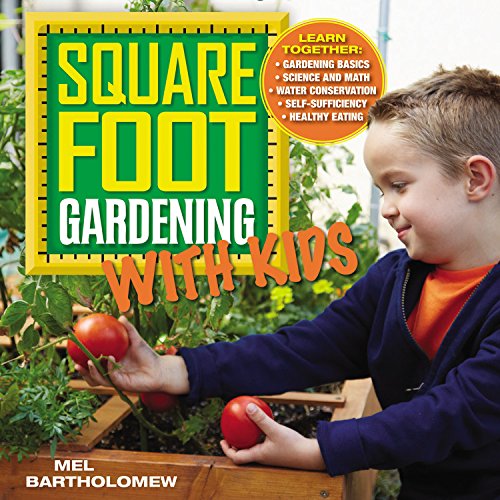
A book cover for Square Foot Gardening with Kids: Learn Together: - Gardening Basics - Science and Math - Water Conservation - Self-sufficiency - Healthy Eating (All New Square Foot Gardening); Mel Bartholomew; Crafts, Hobbies & Home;